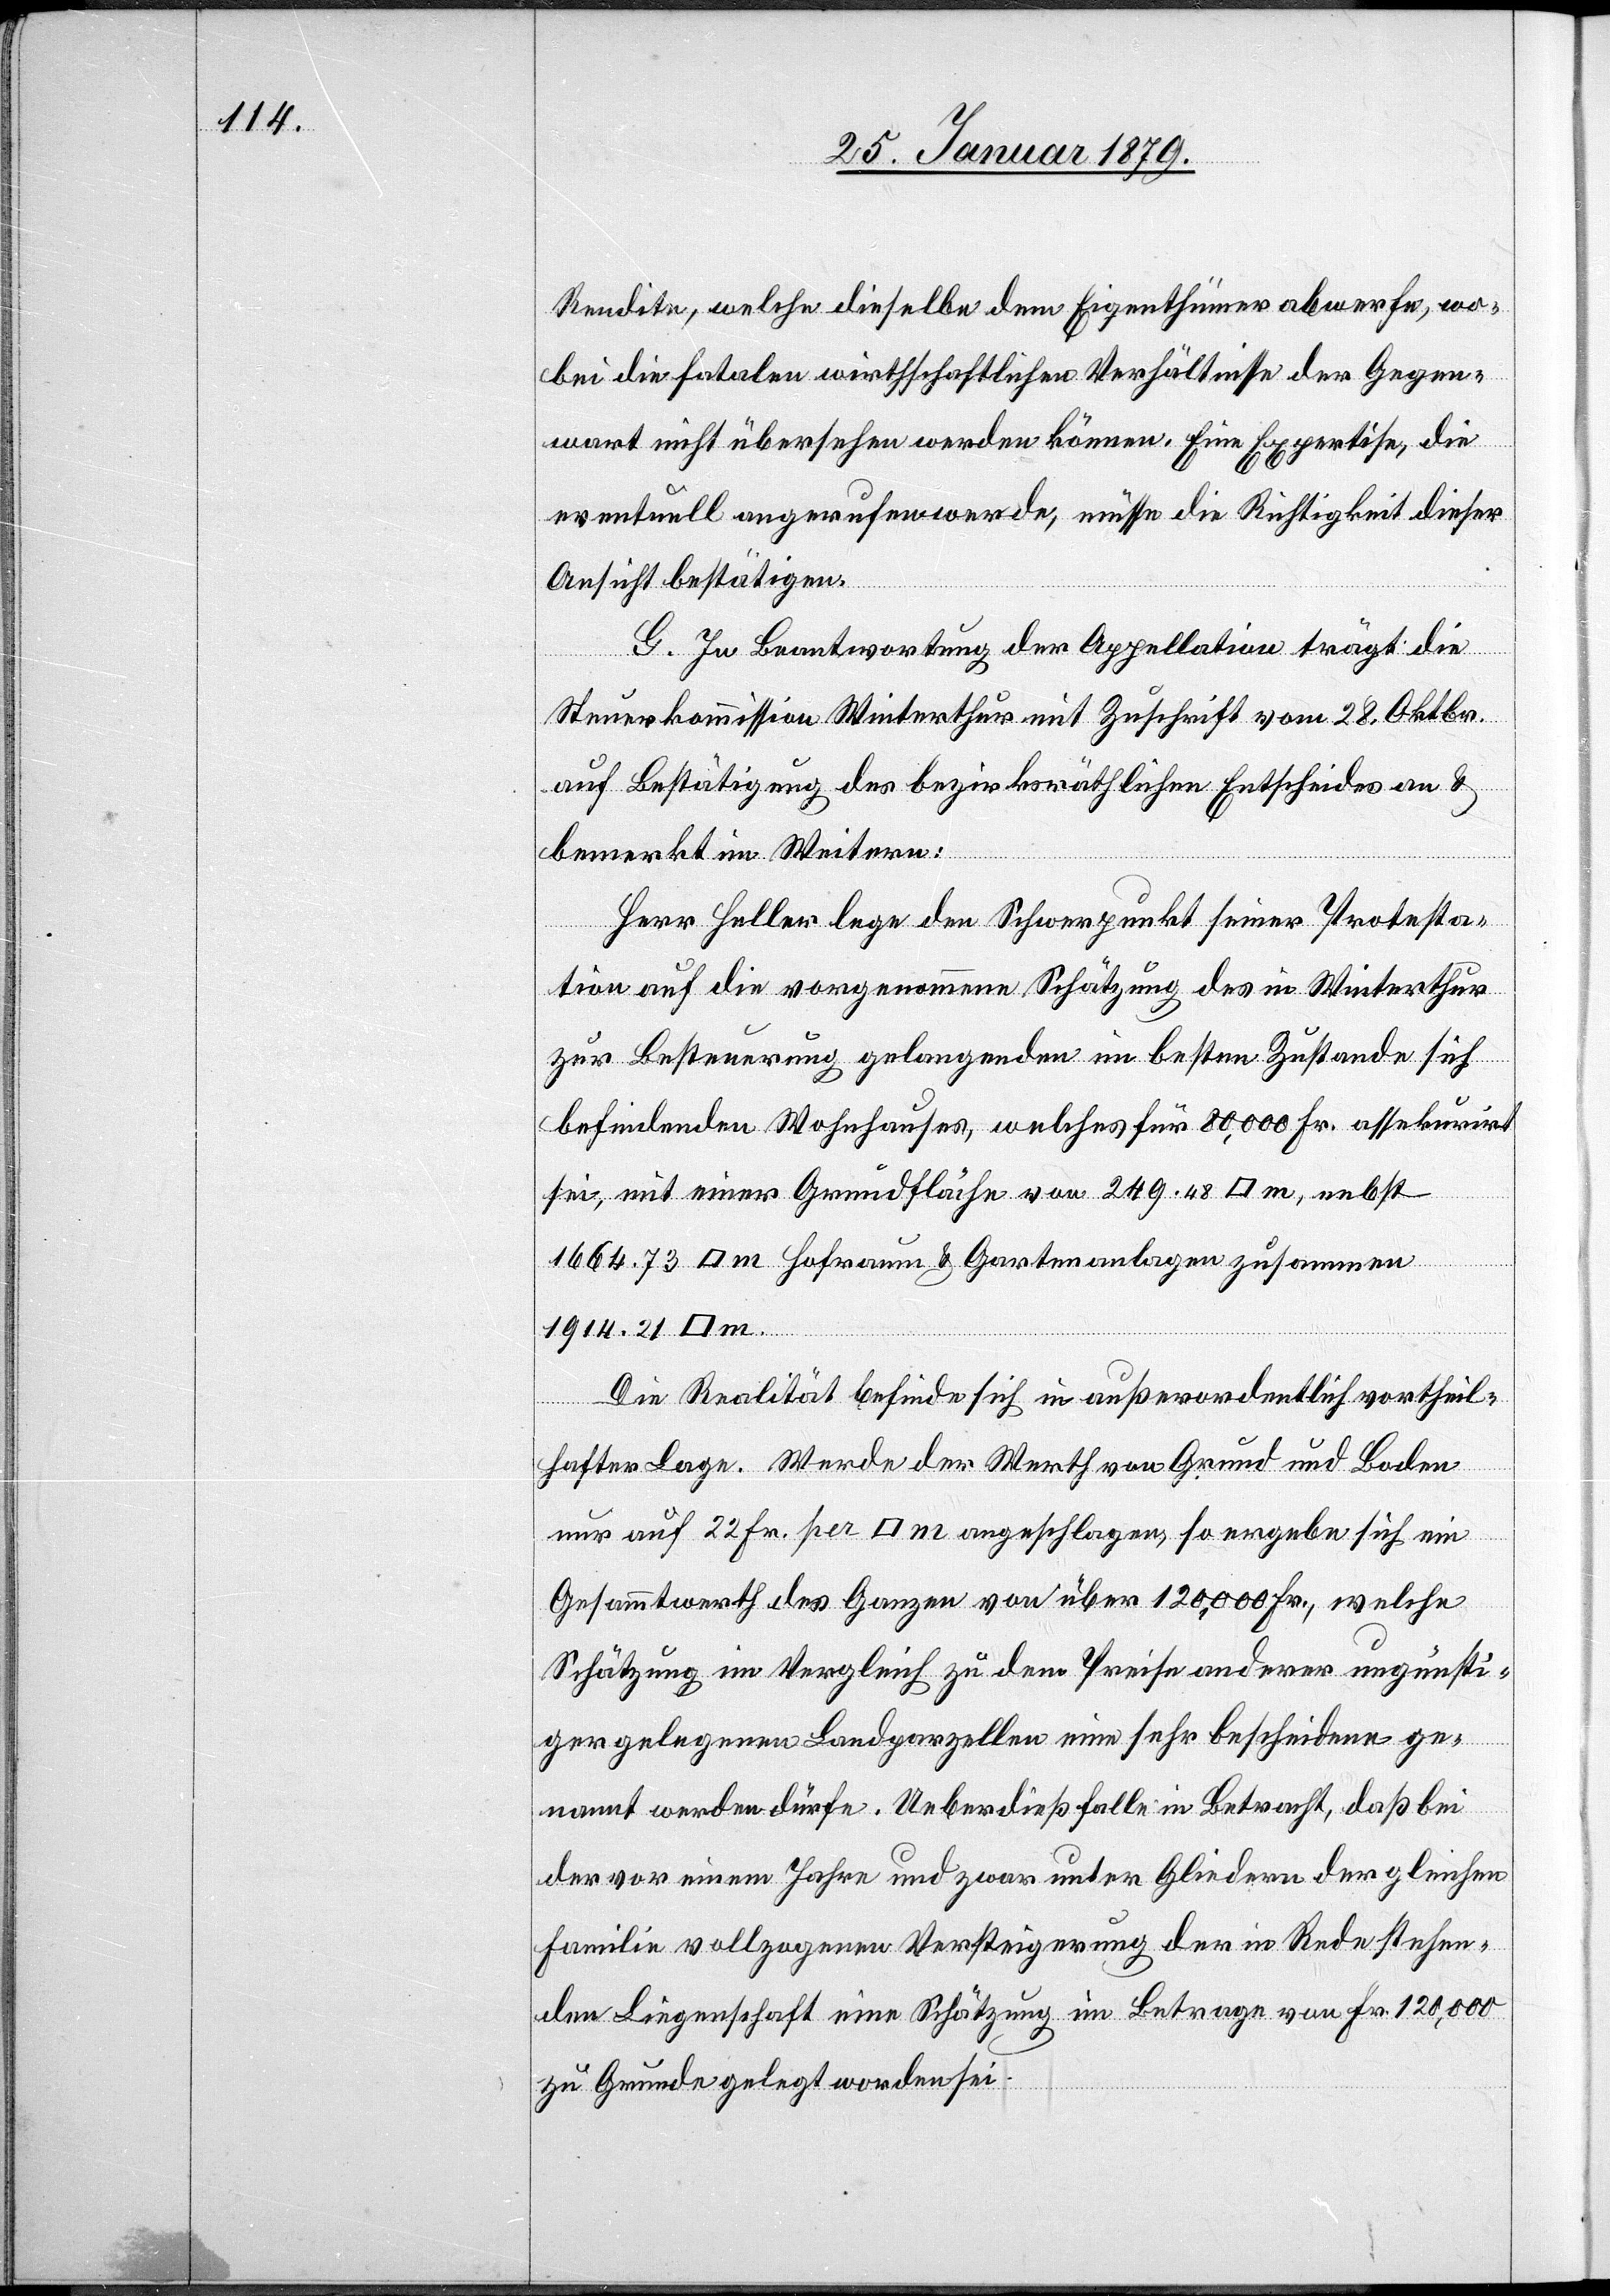
Rendite, welche dieselbe dem Eigenthümer abwerfe, wo¬
bei die fatalen wirthschaftlichen Verhältnisse der Gegen¬
wart nicht übersehen werden können. Eine Expertise, die
eventuell angerufen werde, müsse die Richigkeit dieser
Ansicht bestätigen.
G. In Beantwortung der Appellation trägt die
Steuerkommission Winterthur mit Zuschrift vom 28. Oktbr.
auf Bestätigung des bezirksräthlichen Entscheides an &
bemerkt im Weitern:
Herr Heller lege den Schwerpunkt seiner Protesta¬
tion auf die vorgenommene Schätzung des in Winterthur
zur Besteuerung gelangenden im besten Zustande sich
befindenden Wohnhauses, welches für 80,000 Fr. assekurirt
sei, mit einer Grundfläche von 249.48 [Quadrat] m, nebst
m.
1664.73 [Quadrat] m Hofraum & Gartenanlagen zusammen
1914.21
Die Realität befinde sich in außerordentlich vortheil¬
hafter Lage. Werde der Werth von Grund und Boden
nur auf 22 Fr. per [Quadrat] m angeschlagen, so ergebe sich ein
Gesammtwerth des Ganzen von über 120,000 Fr., welche
Schätzung im Vergleich zu dem Preise anderer ungünsti¬
ger gelegenen Landparzellen eine sehr bescheidene ge¬
nannt werden dürfe. Ueberdieß falle in Betracht, daß bei
der vor einem Jahr und zwar unter Gliedern der gleichen
Familie vollzogenen Versteigerung der in Rede stehen¬
den Liegenschaft eine Schätzung im Betrage von Fr. 120,000
zu Grunde gelegt worden sei.